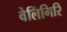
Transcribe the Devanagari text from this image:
वेलिंगिरि